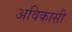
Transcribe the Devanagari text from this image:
अविकासी